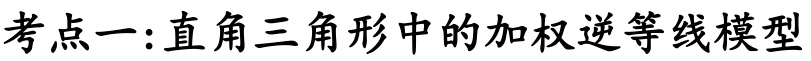
考点一:直角三角形中的加权逆等线模型